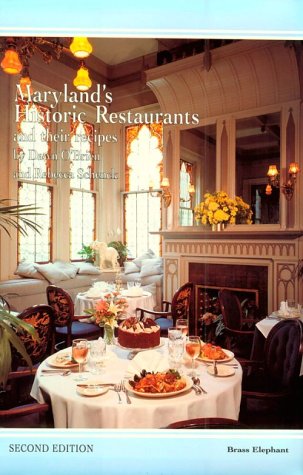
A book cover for Maryland's Historic Restaurants and Their Recipes; Dawn O'Brien; Travel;